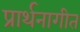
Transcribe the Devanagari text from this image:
प्रार्थनागीत